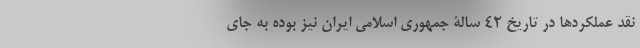
نقد عملکردها در تاریخ 42 سالۀ جمهوری اسلامی ایران نیز بوده به جای